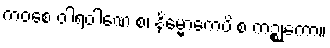
ကဝစေ ဝါရဝါဏေ စ၊ နိမ္မောကေပိ စ ကဉ္စုကော။